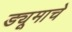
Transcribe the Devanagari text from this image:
ड्यूमाचे